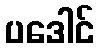
ပဒေါင်